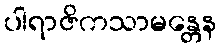
ပါရာဇိကသာမန္တေန